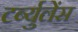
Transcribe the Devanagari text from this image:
टर्ब्युलेंस